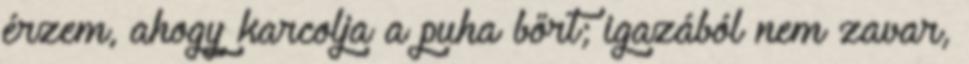
érzem, ahogy karcolja a puha bőrt; igazából nem zavar,